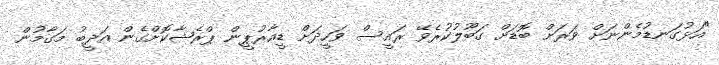
"އަޅުގަނޑުމެންނަށް ވަރަށް ބޮޑަށް ގަބޫލުކުރެވޭ ރައީސް ވަހީދަށް ޑީއާރުޕީން ޕްރެޝާކޮށްގެން އަދީބު މަގާމުން